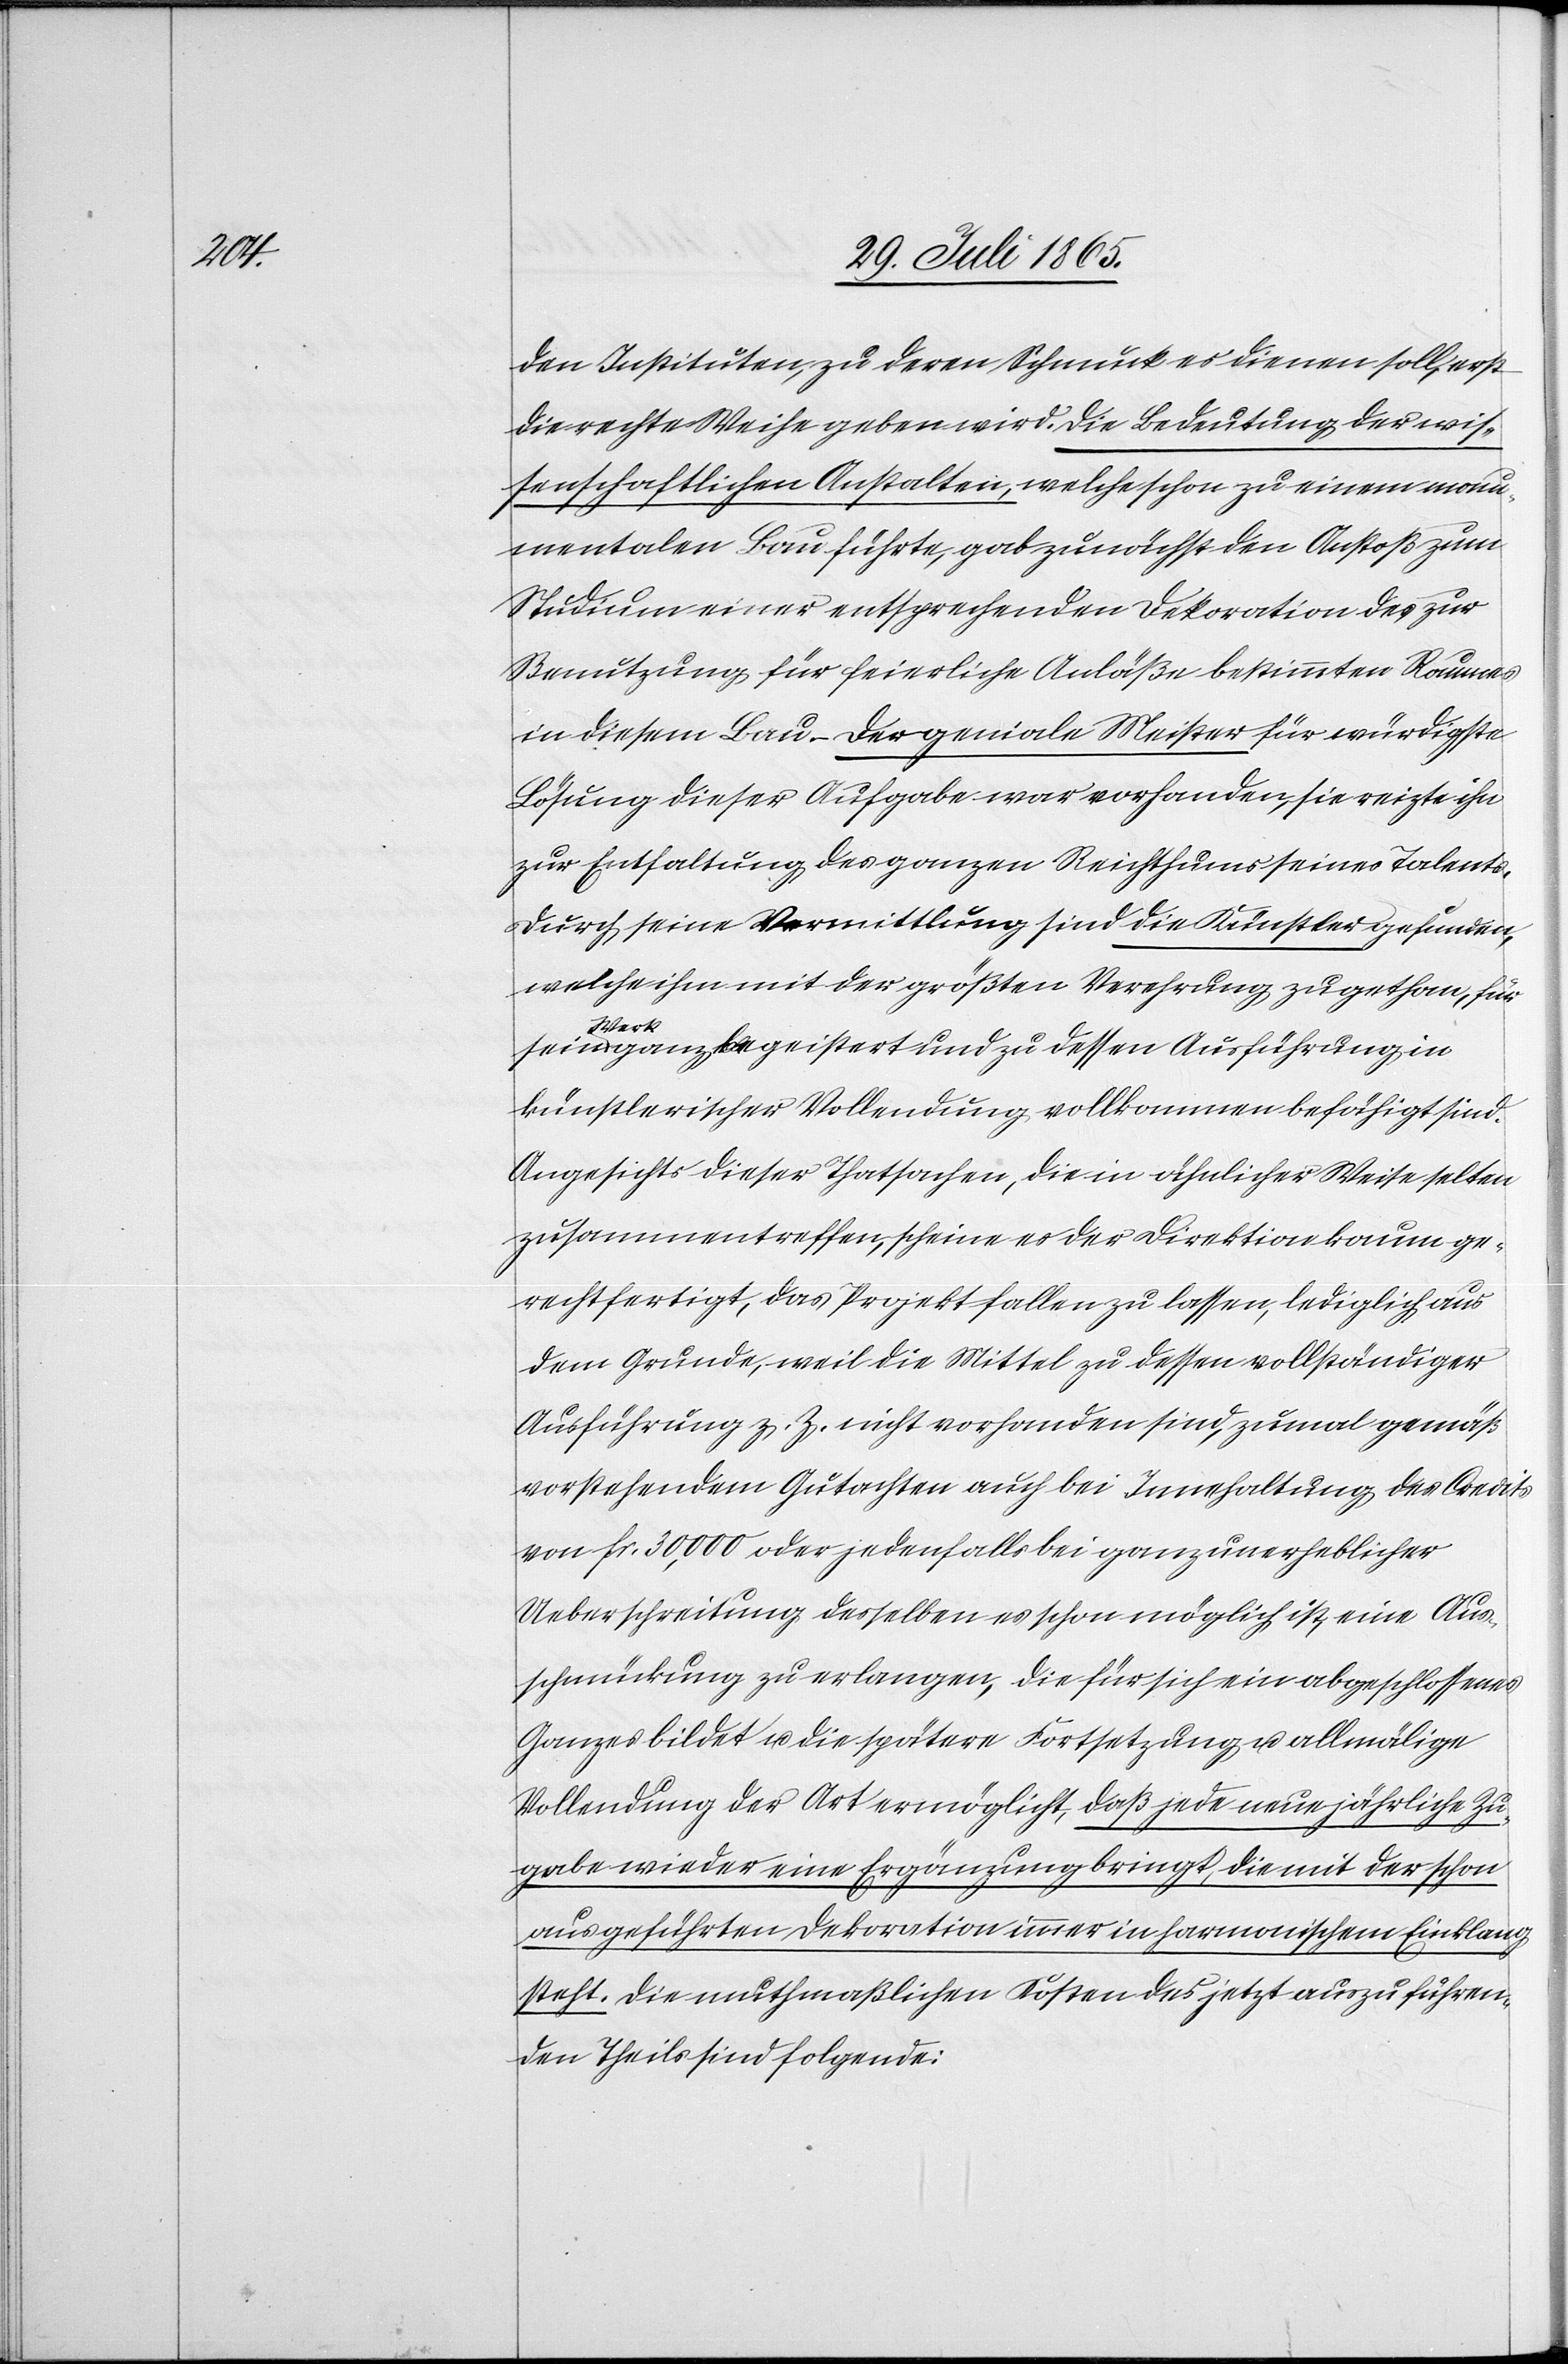
den Instituten, zu deren Schmuck er dienen soll, erst
die rechte Weihe geben wird. Die Bedeutung der wis¬
senschaftlichen Anstalten, welche schon zu einem monu¬
mentalen Bau führte, gab zunächst den Anstoß zum
Studium einer entsprechenden Dekoration des zur
Benutzung für feierliche Anläße bestimmten Raumes
in diesem Bau. Der geniale Meister für würdigste
Lösung dieser Aufgabe war vorhanden, sie reizte ihn
zur Entfaltung des ganzen Reichthums seines Talents.
Durch seine Vermittlung sind die Künstler gefunden,
welche ihm mit der größten Verehrung zugethan, für
sein Werk ganz begeistert und zu dessen Ausführung in
künstlerischer Vollendung vollkommen befähigt sind.
Angesichts dieser Thatsachen, die in ähnlicher Weise selten
zusammentreffen, scheine es der Direktion kaum ge¬
rechtfertigt, das Projekt fallen zu lassen, lediglich aus
dem Grunde, weil die Mittel zu dessen vollständiger
Ausführung z. Z. nicht vorhanden sind, zumal gemäß
vorstehendem Gutachten auch bei Innehaltung des Credits
von fr. 30,000 oder jedenfalls bei ganz unerheblicher
Ueberschreitung desselben es schon möglich ist, eine Aus¬
schmückung zu erlangen, die für sich ein abgeschlossenes
Ganzes bildet u. die spätere Fortsetzung u. allmälige
Vollendung der Art ermöglicht, daß jede neue jährliche Zu¬
gabe wieder eine Ergänzung bringt, die mit der schon
ausgeführten Dekoration immer in harmonischem Einklang
steht. Die muthmaßlichen Kosten des jetzt auszuführen¬
den Theils sind folgende: